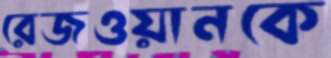
রেজওয়ানকে